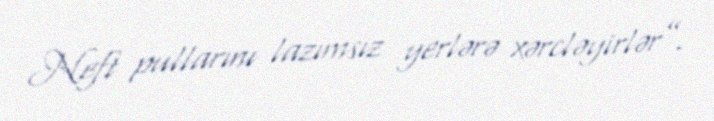
Neft pullarını lazımsız yerlərə xərcləyirlər”.